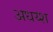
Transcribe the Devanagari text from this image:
अधय्श